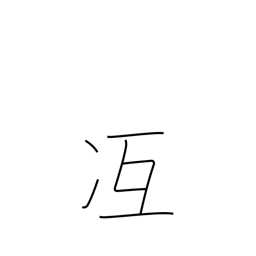
Meaning: attain skill